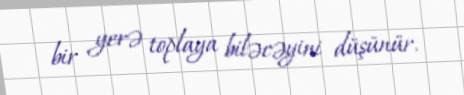
bir yerə toplaya biləcəyini düşünür.